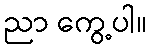
ညာ ကွေ့ပါ။